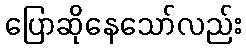
ပြောဆိုနေသော်လည်း